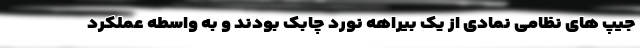
جیپ های نظامی نمادی از یک بیراهه نورد چابک بودند و به واسطه عملکرد